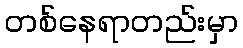
တစ်နေရာတည်းမှာ